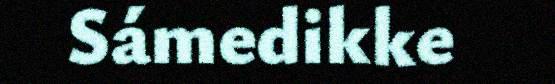
Sámedikke